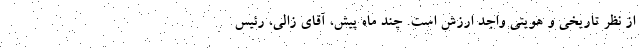
از نظر تاریخی و هویتی واجد ارزش است. چند ماه پیش، آقای زالی، رئیس